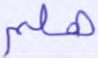
هلم